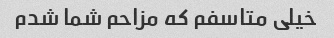
خیلی متاسفم که مزاحم شما شدم